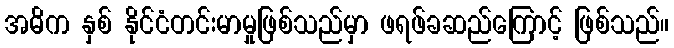
အဓိက နှစ် နိုင်ငံတင်းမာမှုဖြစ်သည်မှာ ဖရဖ်ခဆည်ကြောင့် ဖြစ်သည်။